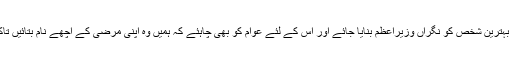
ان کا کہنا تھا کہ ہماری کوشش ہوگی کہ بہترین شخص کو نگراں وزیراعظم بنایا جائے اور اس کے لئے عوام کو بھی چاہئے کہ ہمیں وہ اپنی مرضی کے اچھے نام بتائیں تاکہ مشاورت میں ان پر غور کیا جاسکے ۔